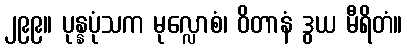
၂၉၉။ ပုန္နပုံသက မုလ္လောစံ၊ ဝိတာနံ ဒွယ မီရိတံ။